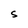
Character: S